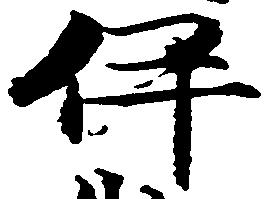
伊